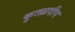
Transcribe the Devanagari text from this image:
कुलप्रदीप